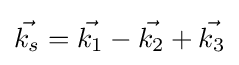
{\vec {k_{s}}}={\vec {k_{1}}}-{\vec {k_{2}}}+{\vec {k_{3}}}